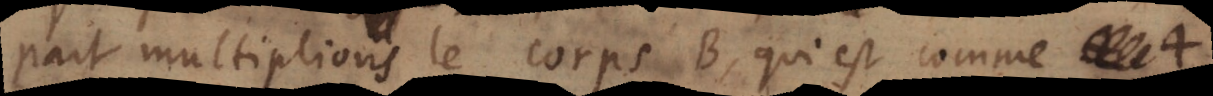
part multiplions le corps B, qui est comme